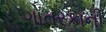
ગોતરકાની